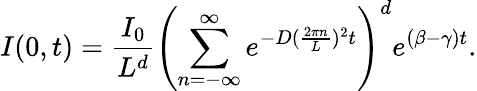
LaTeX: I(0,t)=\frac{I_{0}}{L^{d}}\left(\sum_{n=-\infty}^{\infty}e^{-D(\frac{2\pi n}{L})^{2}t}\right)^{d}e^{(\beta-\gamma)t}.